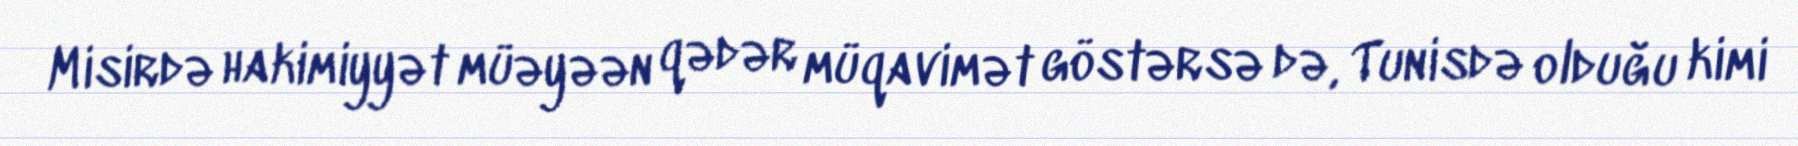
Misirdə hakimiyyət müəyəən qədər müqavimət göstərsə də, Tunisdə olduğu kimi